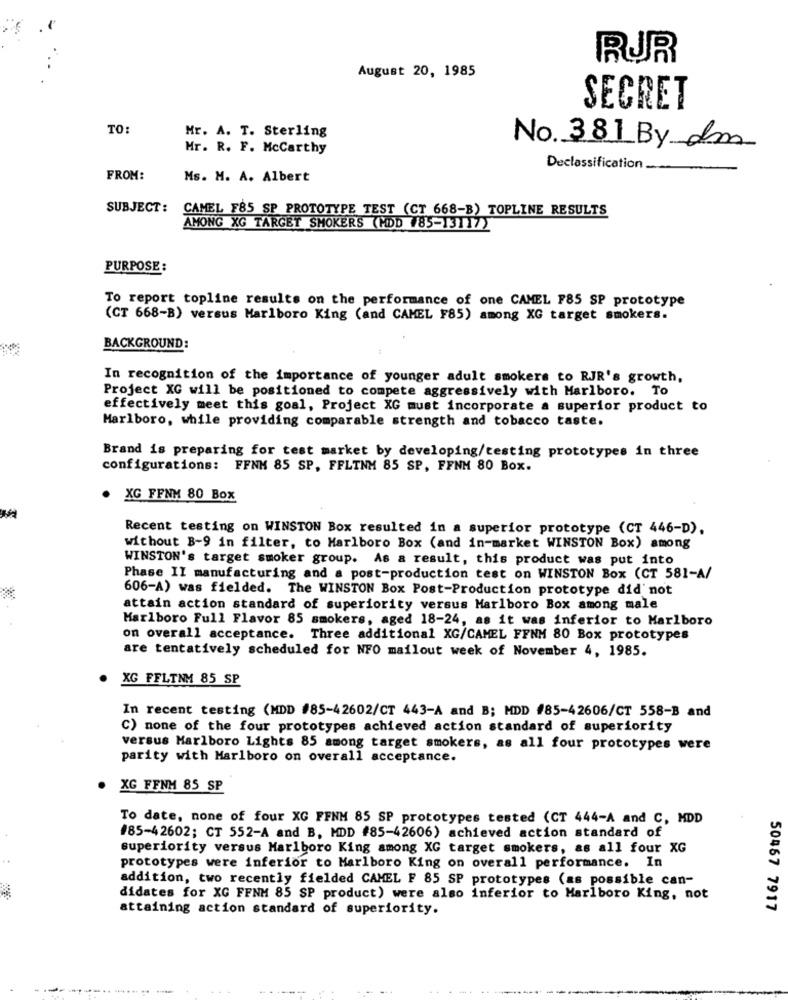
RUR
August 20, 1985
SECRET
TO
Mr. A. T. Sterling
Mr. R. F. Mccarthy
No. 381 By dm
Declassification
FROM:
Ms. M. A. Albert
SUBJECT :
CAMEL F85 SP PROTOTYPE TEST (CT 668-B) TOPLINE RESULTS
AMONG XG TARGET SMOKERS (MDD 785-13117)
PURPOSE:
To report topline results on the performance of one CAMEL F85 SP prototype
(CT 668-B) versus Marlboro King (and CAMEL F85) among XG target smokers.
BACKGROUND:
In recognition of the importance of younger adult smokers to RJR's growth,
Project XG will be positioned to compete aggressively with Marlboro. To
effectively meet this goal, Project XG must incorporate a superior product to
Marlboro, while providing comparable strength and tobacco taste.
Brand is preparing for test market by developing/testing prototypes in three
configurations: FFNM 85 SP, FFLINM 85 SP, FFNM 80 Box.
. XG FFNM 80 Box
Recent testing on WINSTON Box resulted in a superior prototype (CT 446-D).
without B-9 in filter, to Marlboro Box (and in-market WINSTON Box) among
WINSTON's target smoker group. As a result, this product was put into
Phase II manufacturing and a post-production test on WINSTON Box (CT 581-A/
606-A) was fielded. The WINSTON Box Post-Production prototype did not
attain action standard of superiority versus Marlboro Box among male
Marlboro Full Flavor 85 smokers, aged 18-24, as it was inferior to Marlboro
on overall acceptance. Three additional XG/CAMEL FFNM 80 Box prototypes
are tentatively scheduled for NFO mailout week of November 4, 1985.
XG FFLTNM 85 SP
In recent testing (MDD #85-42602/CT 443-A and B; MDD #85-42606/CT 558-B and
C) none of the four prototypes achieved action standard of superiority
versus Marlboro Lights 85 among target smokers, as all four prototypes were
parity with Marlboro on overall acceptance.
XG FFNM 85 SP
To date, none of four XG FFNM 85 SP prototypes tested (CT 444-A and C, MDD
#85-42602; CT 552-A and B, HDD #85-42606) achieved action standard of
superiority versus Marlboro King among XG target smokers, as all four XG
prototypes were inferior to Marlboro King on overall performance. In
addition, two recently fielded CAMEL F 85 SP prototypes (as possible can-
didates for XG FFNM 85 SP product) were also inferior to Marlboro King, not
attaining action standard of superiority.
50467 7917
-------- -